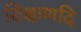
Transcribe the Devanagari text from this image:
शिक्षाणदि